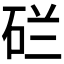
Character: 𬒇